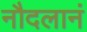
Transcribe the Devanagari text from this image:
नौदलानं